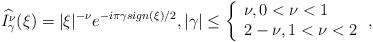
LaTeX: \begin{align*}\widehat{I_{\gamma }^{\nu }}(\xi )=|\xi |^{-\nu }e^{-i\pi \gamma sign(\xi)/2},|\gamma |\leq \left\{\begin{array}{l}\nu ,0<\nu <1 \\2-\nu ,1<\nu <2\end{array}\right. , \end{align*}